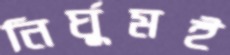
নির্ঘুমই